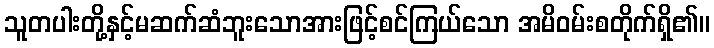
သူတပါးတို့နှင့်မဆက်ဆံဘူးသောအားဖြင့်စင်ကြယ်သော အမိဝမ်းစတိုက်ရှိ၏။